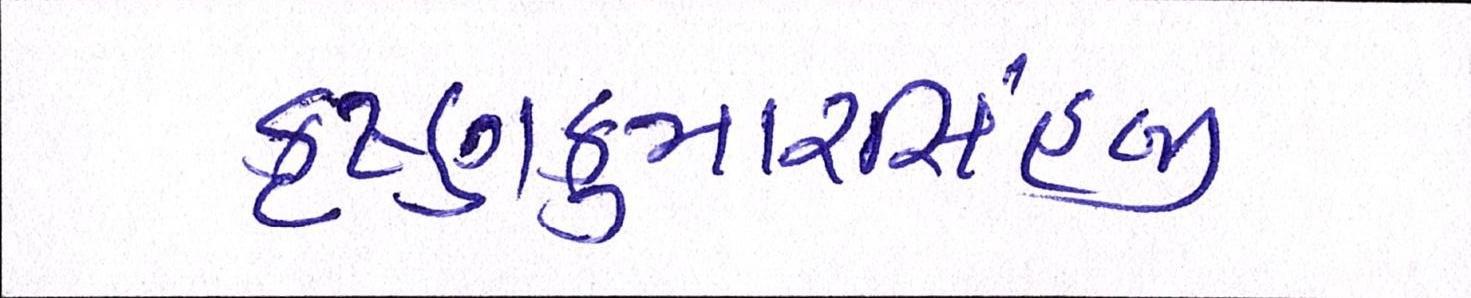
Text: કૃષ્ણકુમારસિંહજી